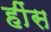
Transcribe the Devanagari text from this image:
हींस